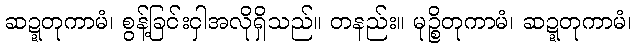
ဆဍ္ဍတုကာမံ၊ စွန့်ခြင်းငှါအလိုရှိသည်။ တနည်း။ မုဉ္စိတုကာမံ၊ ဆဍ္ဍတုကာမံ၊